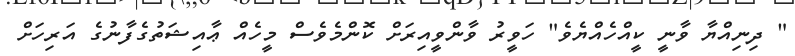
" ދިނިއްޔާ ވާނީ ކީއްހެއްޔެވެ" ހަވީރު ވާންވީއިރަށް ކޮންމެވެސް މީހެއް ޢާއިޝަތުގެފާނުގެ އަރިހަށް